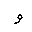
Letter: _waw